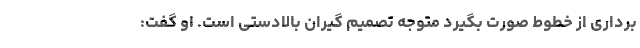
برداری از خطوط صورت بگیرد متوجه تصمیم گیران بالادستی است. او گفت: